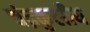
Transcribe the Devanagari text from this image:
चंद्रकुलीय